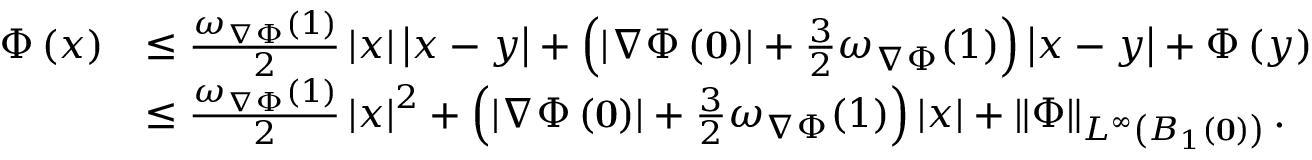
\begin{array} { r l } { \Phi \left( x \right) } & { \le \frac { \omega _ { \nabla \Phi } ( 1 ) } { 2 } \left| x \right| \left| x - y \right| + \left( \left| \nabla \Phi \left( \mathbf { 0 } \right) \right| + \frac { 3 } { 2 } \omega _ { \nabla \Phi } ( 1 ) \right) \left| x - y \right| + \Phi \left( y \right) } \\ & { \le \frac { \omega _ { \nabla \Phi } ( 1 ) } { 2 } \left| x \right| ^ { 2 } + \left( \left| \nabla \Phi \left( \mathbf { 0 } \right) \right| + \frac { 3 } { 2 } \omega _ { \nabla \Phi } ( 1 ) \right) \left| x \right| + \left\| \Phi \right\| _ { L ^ { \infty } \left( B _ { 1 } \left( \mathbf { 0 } \right) \right) } . } \end{array}